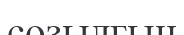
созылғын